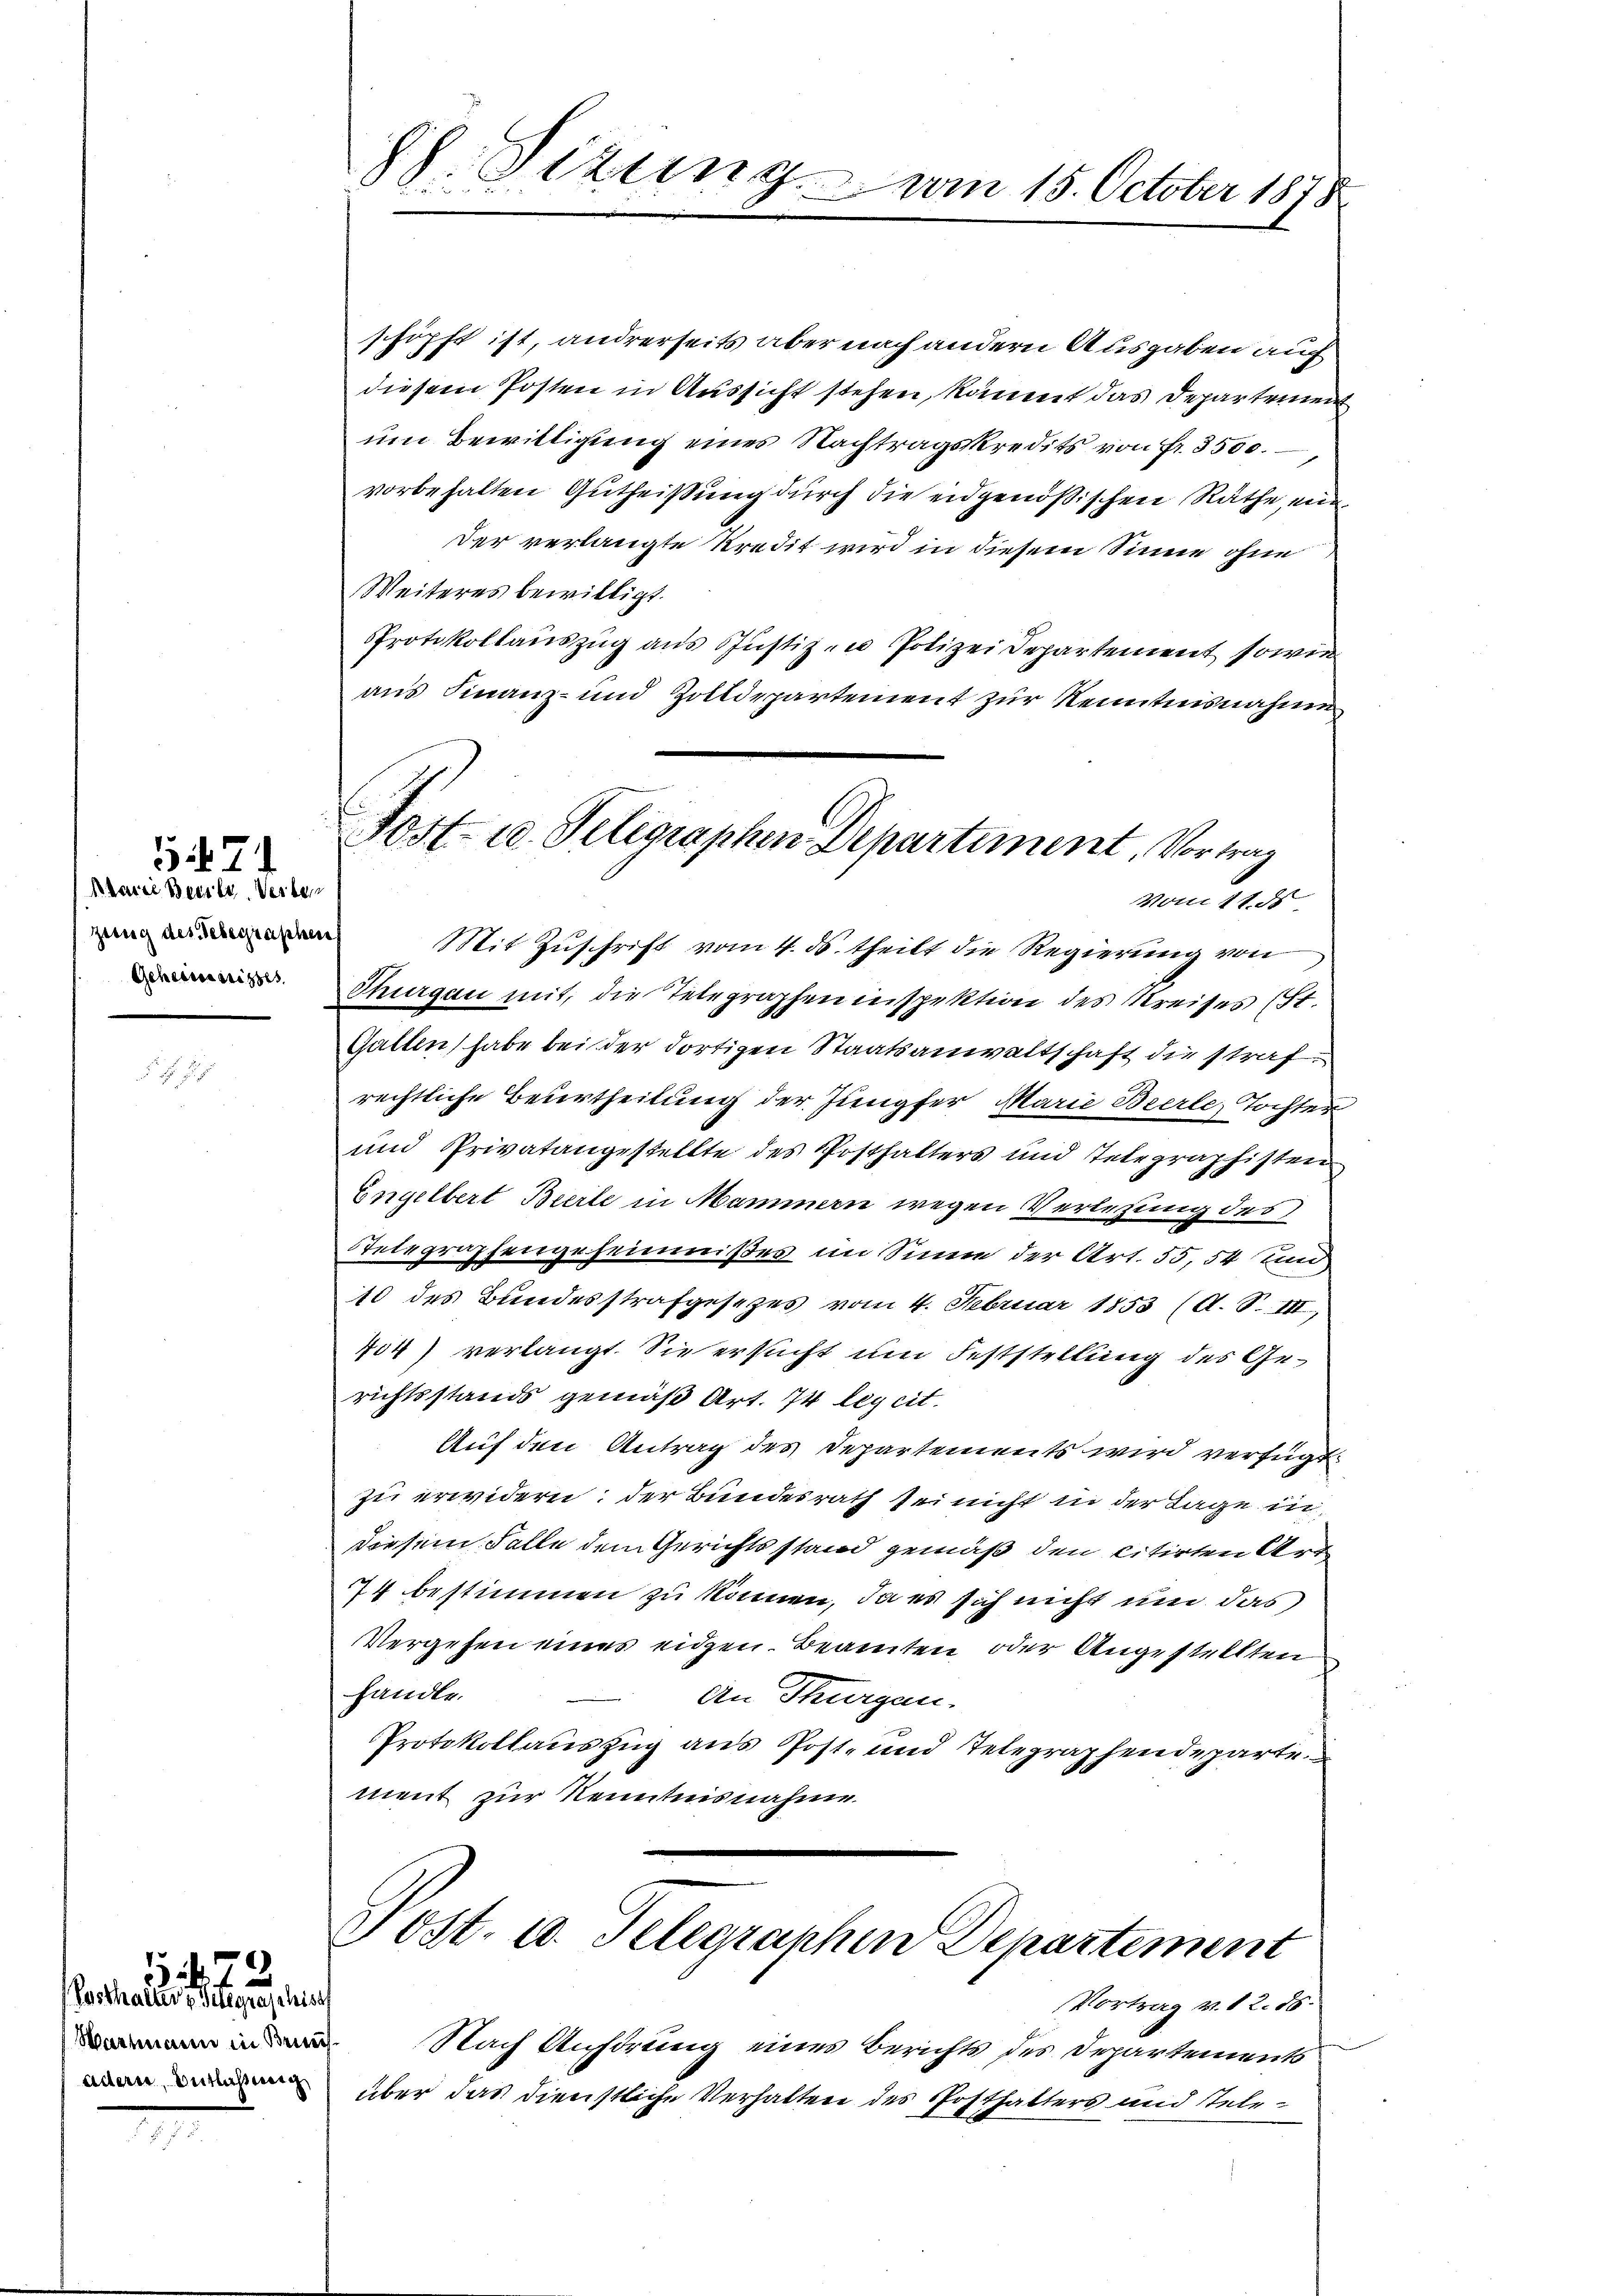
Alarie Beeile Verten
geteg des Sebegraphen
Geheimnisses.

5471

(Posthalter z. Telegraschises
Wartmann in Bei
üdern, Entlassung

)
 xx

h. Sirung
Am 15. October 1878

schöpft ist, andrerseits aber nach andern Ausgaben auf
diesem Posten in Aussicht stehen, kommt das Departement
um Bewilligung eines Nachtragskredits von Fr. 3500.
vorbehalten Gutheißung durch die eidgenößischen Räthe, ein¬
Der verlangte Kredit wird in diesem Sinne ohne
Weiteres bewilligt.
Protokollauszug aus Justiz- u Polizei Departement sowie
aus Finanz- und Zolldepartement zur Kenntnisnahme
Mit Zuschrift vom 4. ds. theilt die Regierung von
Thurgau mit, die Telegraphen inspektion des Kreises (St.
Gallen habe bei der dortigen Staatsanwaltschaft die strafrechtliche Beurtheilung der Jungfer Marie Beerle, Tochter
und Privatangestellte des Posthalters und Telegraphisten
Engelbert Bierle in Mammern wegen Verlegung des
Telegraphengeheimnißes im Sinne der Art. 55, 54 und
10 des Bundesstrafgesezes vom 4. Februar 1853 (A. S. III,
454) verlangt. Sie ersucht um Feststellung des Gerichtsstands gemäß Art. 74 leg cit.
Auf den Antrag des Departements wird verfügt
zu erwidern, der Bundesrath sei nicht in der Tage in
diesem Falle dem Gerichts stand gemäß den citirten Art
74 bestimmen zu können, da es sich nicht um das
Vergehen eines eidgen. Beamten oder Angestellten
handle.
An Thurgau.
Protokollauszug aus Post- und Telegraphendeparte
ment zur Kenntnisnahme.
Post. u. Telegraphen Departement
Vortrag v. 12. 86.
Nach Aufdrung eines Berichts des Departements
über das dienstliche Verhalten des Posthalters und tele¬

Post- u. Seligraphen Departement, Vortrag
Mouli 11